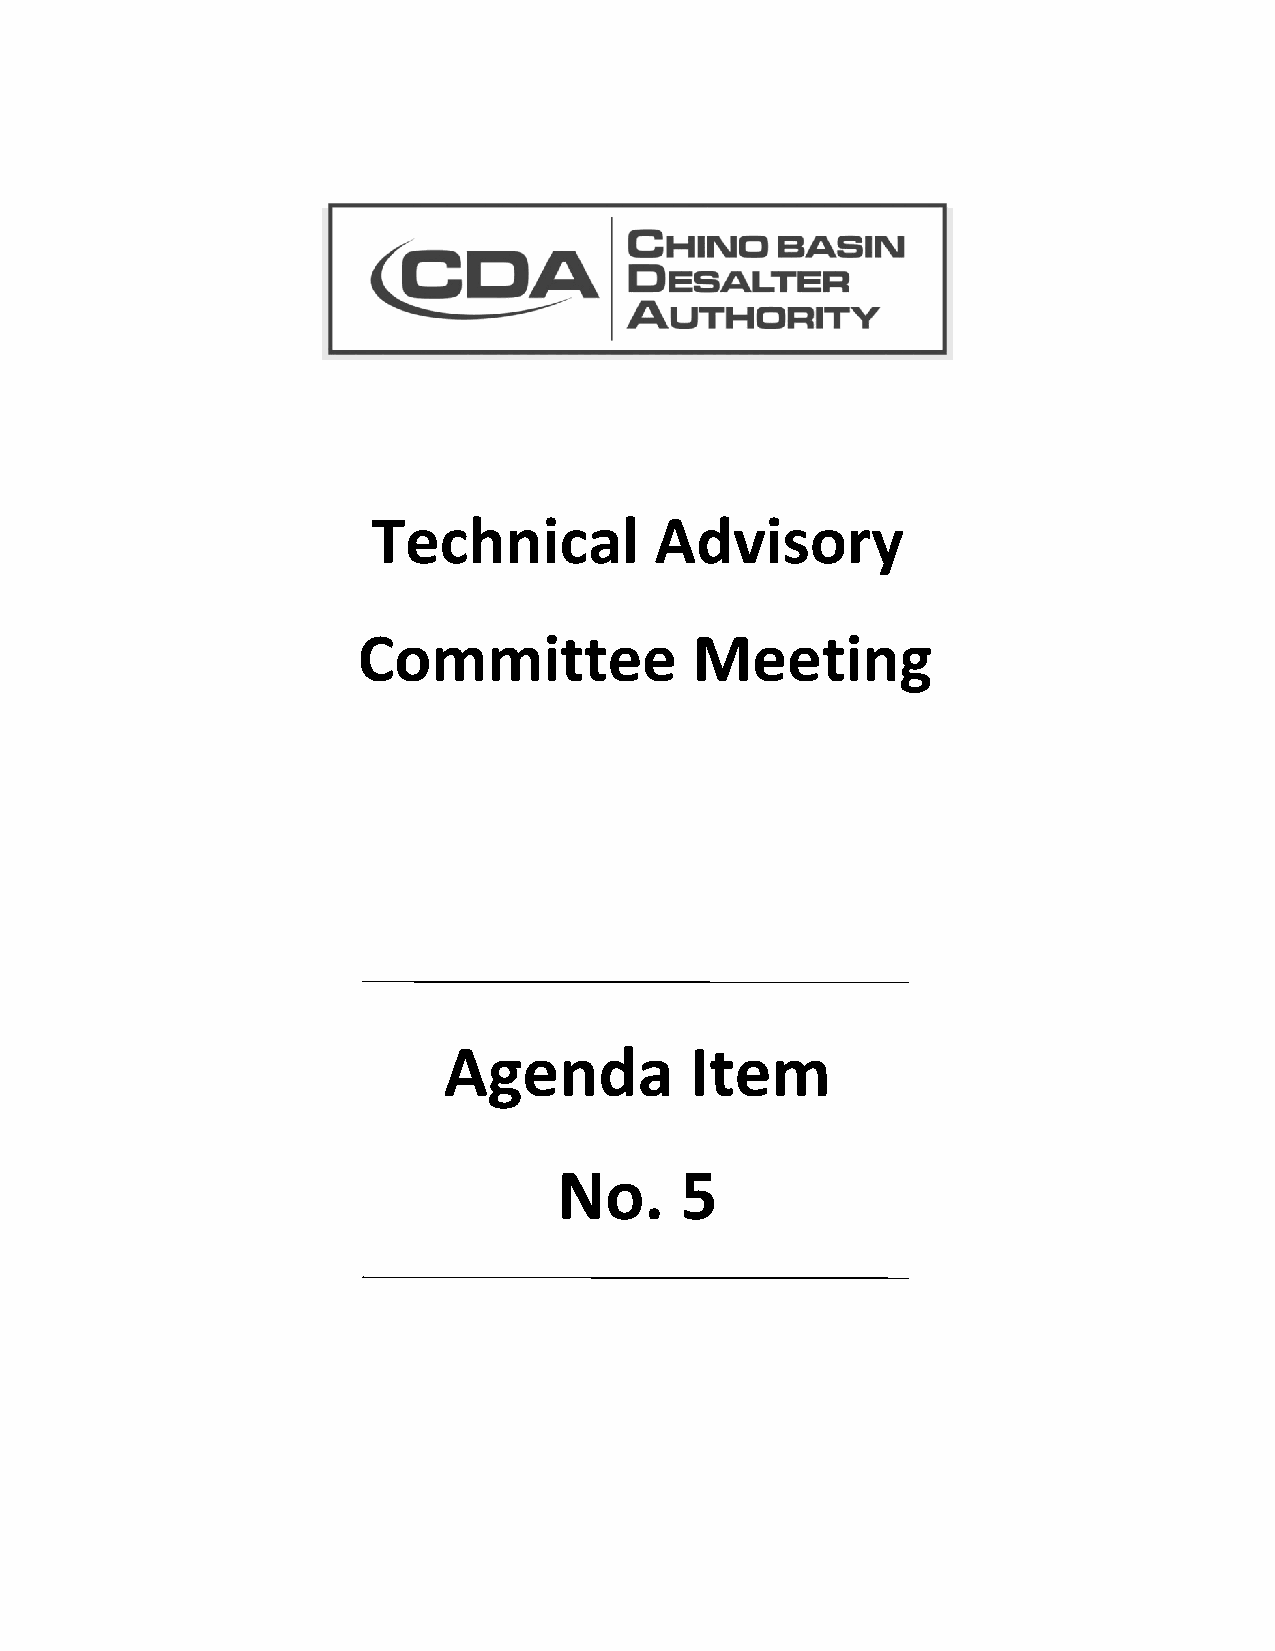
Technical         Advisory
 Committee             Meeting
 Agenda           Item
 No.     5